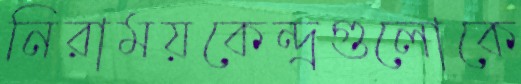
নিরাময়কেন্দ্রগুলোকে